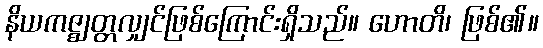
နိယကဇ္ဈတ္တလျှင်ဖြစ်ကြောင်းရှိသည်။ ဟောတိ၊ ဖြစ်၏။